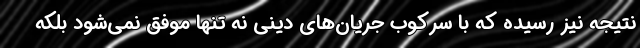
نتیجه نیز رسیده که با سرکوب جریان‌های دینی نه تنها موفق نمی‌شود بلکه